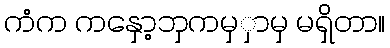
ကံက ကနှော့ဘှကမှှာမှ မရှိတာ။